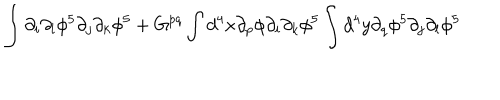
\int \partial _ { i } \partial _ { l } \phi ^ { 5 } \partial _ { j } \partial _ { k } \phi ^ { 5 } + G ^ { p q } \int d ^ { 4 } x \partial _ { p } \phi \partial _ { i } \partial _ { k } \phi ^ { 5 } \int d ^ { 4 } y \partial _ { q } \phi ^ { 5 } \partial _ { j } \partial _ { l } \phi ^ { 5 }